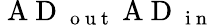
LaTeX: \mathrm{~A~D~}_{\mathrm{~o~u~t~}}\mathrm{~A~D~}_{\mathrm{~i~n~}}